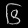
Digit: ၆